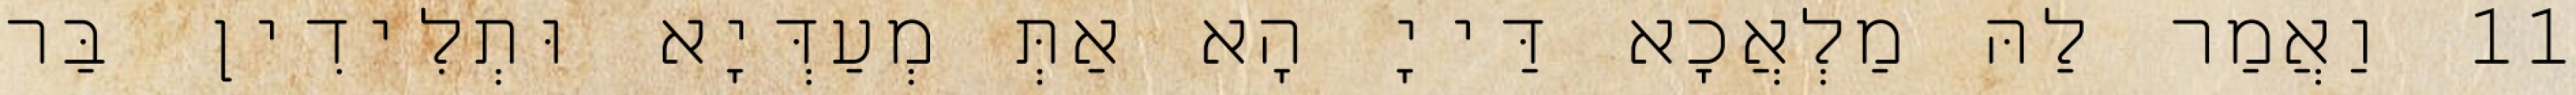
11 וַאֲמַר לַהּ מַלְאֲכָא דַּייָ הָא אַתְּ מְעַדְּיָא וּתְלִידִין בַּר